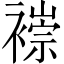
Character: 𫌌